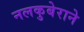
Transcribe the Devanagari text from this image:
नलकुबेराने